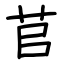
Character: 苢